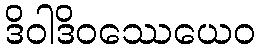
ဒိဝါဒိဝဿေယေဝ